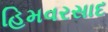
હિમવરસાદ